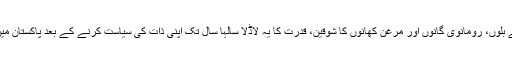
کیا آج سے دو سال قبل کوئی سوچ سکتا تھا کہ مہنگے بلوں، رومانوی گانوں اور مرغن کھانوں کا شوقین، قدرت کا یہ لاڈلا سالہا سال تک اپنی ذات کی سیاست کرنے کے بعد پاکستان میں اصولی سیاست کی ضمانت کے طور پر ابھرے گا؟